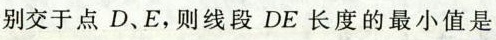
别交于点D、E，则线段DE长度的最小值是